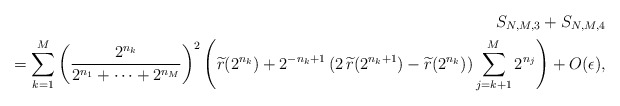
\begin{align*}S_{N,M,3}+S_{N,M,4}\\=\sum_{k=1}^{M}\left(\frac{2^{n_{k}}}{2^{n_{1}}+\cdots+2^{n_{M}}}\right)^2\left(\widetilde{r}(2^{n_{k}})+2^{-n_{k}+1}\,(2\,\widetilde{r}(2^{n_{k}+1})-\widetilde{r}(2^{n_{k}})) \sum_{j=k+1}^{M}2^{n_{j}}\right)+O(\epsilon),\end{align*}